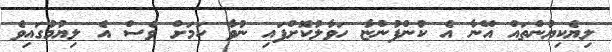
ލިޔެކިޔުންތައް އޭނާ އެ ކުންފުންޏާ ހަވާލުކޮށްފައި ނުވާ ކަމަށް ވެސް އެ ލިޔުމުގައިވެ